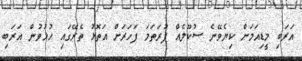
އަރަބި މީޑިއަމަށް ކިޔެވޭނެ ސުކޫލެއް ފުރަތަމަ ފަހަރަށް އަތޮޅު ތެރޭގައި ހުޅުވުން އަރަބި